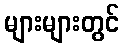
များများတွင်